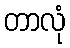
တာလုံ